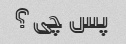
پس چی؟